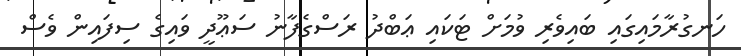
ހަނގުރާމައިގައި ބައިވެރި ވުމަށް ޓަކައި ޢަބްދު ރަސްގެފާނު ސަޢޫދީ ވައިގެ ސިފައިން ވެސް